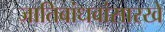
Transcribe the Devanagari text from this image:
जातिबांधवांसारखे